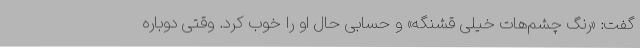
گفت: «رنگ چشم‌هات خیلی قشنگه» و حسابی حال او را خوب کرد. وقتی دوباره